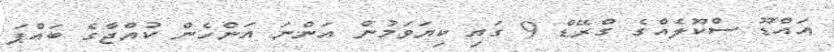
އައްޑޫ ސްކޫލެއްގެ ގްރޭޑް 9 ގައި ކިޔަވަމުން އަންނަ އަންހެން ކުއްޖާގެ ބައްޕަ